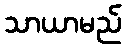
သာယာမည်